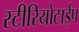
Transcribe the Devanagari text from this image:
स्टीरियोटाईप